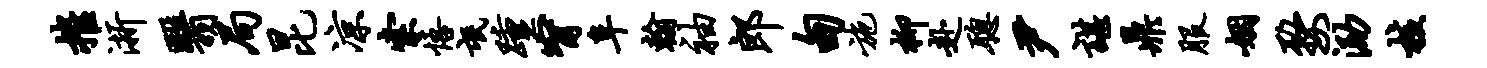
摧浙翳局昆凉索悟氓踵甯阜翰袖郎甸施柳赴聪尹谌鼎服姻婺泐核